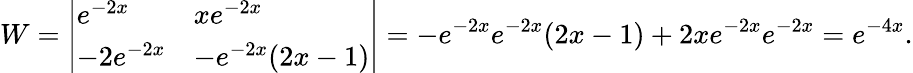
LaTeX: W={\left|\begin{array}{ll}{e^{-2x}}&{xe^{-2x}}\\ {-2e^{-2x}}&{-e^{-2x}(2x-1)}\end{array}\right|}=-e^{-2x}e^{-2x}(2x-1)+2xe^{-2x}e^{-2x}=e^{-4x}.